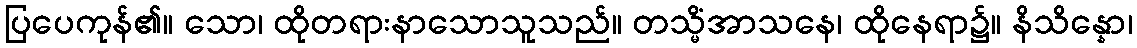
ပြပေကုန်၏။ သော၊ ထိုတရားနာသောသူသည်။ တသ္မိံအာသနေ၊ ထိုနေရာ၌။ နိသိန္နော၊